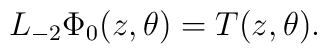
L_{-2}\Phi_{0}(z,\theta)=T(z,\theta) .